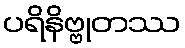
ပရိနိဗ္ဗုတဿ